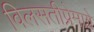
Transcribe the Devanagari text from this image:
विलसतीप्रेमाग्ने